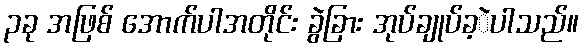
၃ခု အဖြစ် အောက်ပါအတိုင်း ခွဲခြား အုပ်ချုပ်ခ့ဲပါသည်။